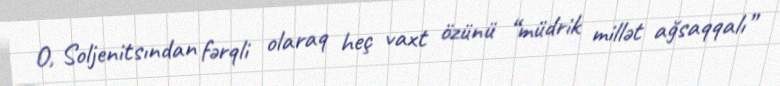
O, Soljenitsından fərqli olaraq heç vaxt özünü “müdrik millət ağsaqqalı”